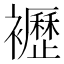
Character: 𧞿